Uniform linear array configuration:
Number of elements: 24
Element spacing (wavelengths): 0.75
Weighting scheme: cosine
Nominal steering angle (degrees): -30
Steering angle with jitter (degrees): -31.003
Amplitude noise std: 0.05
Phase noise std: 0.05

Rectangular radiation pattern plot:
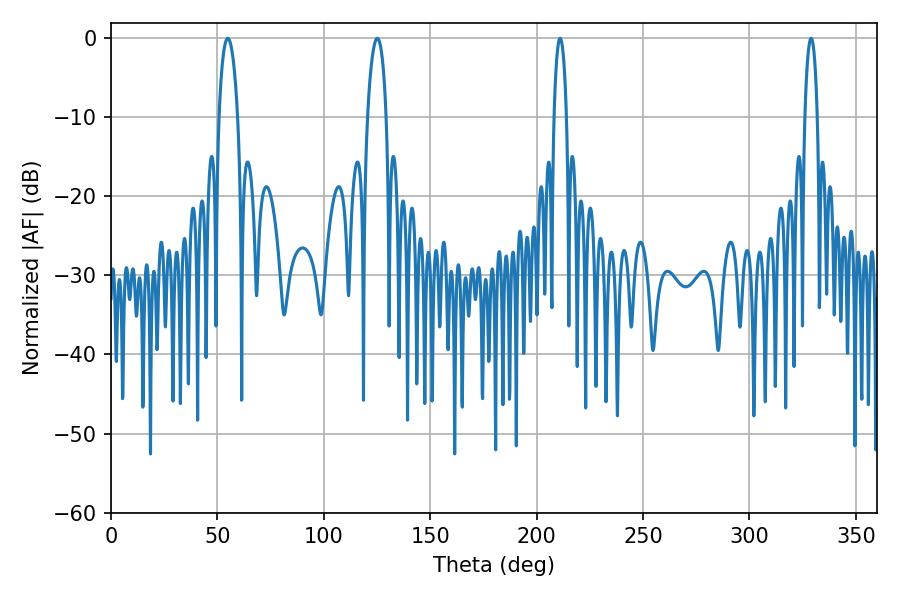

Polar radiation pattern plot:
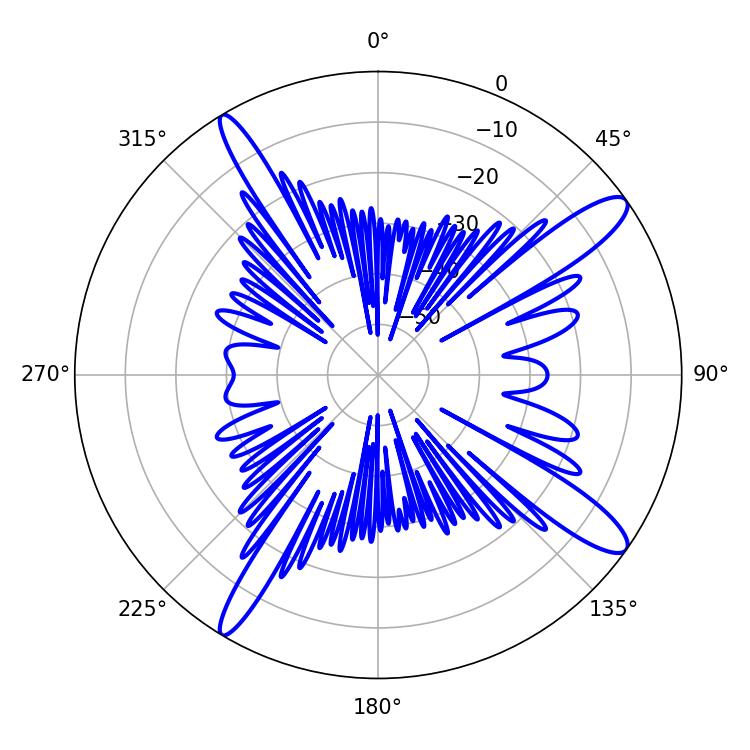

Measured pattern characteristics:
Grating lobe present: TRUE
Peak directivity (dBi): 13.376
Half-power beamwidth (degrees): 5.04
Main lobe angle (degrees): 54.9